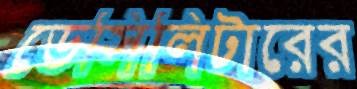
ডেসিলিটারের